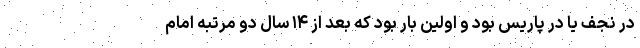
در نجف یا در پاریس بود و اولین بار بود که بعد از ۱۴ سال دو مرتبه امام